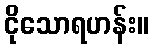
ငိုသောရဟန်း။